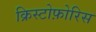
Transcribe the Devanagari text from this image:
क्रिस्टोफ़ोरिस